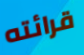
قرائته